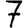
Digit: 7